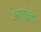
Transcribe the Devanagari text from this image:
आगंतुक।